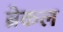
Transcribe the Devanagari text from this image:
ब्रेकल